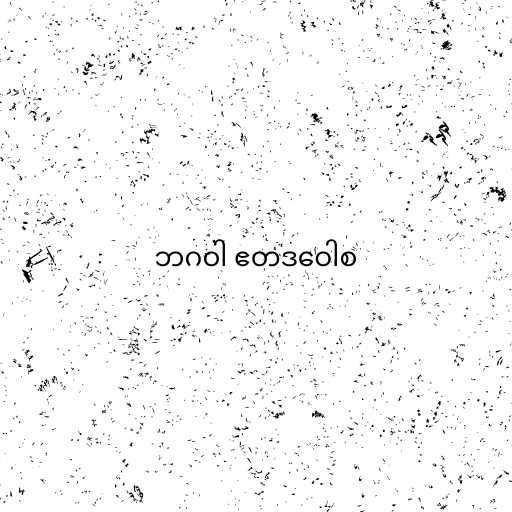
ဘဂဝါ ဧတဒဝေါစ